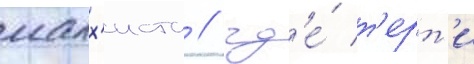
малх'иста / гд'е́ т'ерт'и